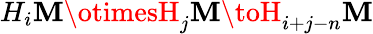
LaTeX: H_{i}\mathbf{M}\otimesH_{j}\mathbf{M}\toH_{i+j-n}\mathbf{M}